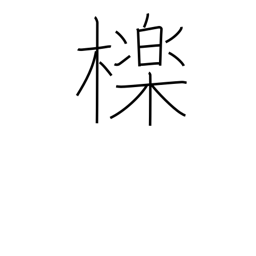
Meaning: oak used for charcoal